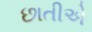
છાતીએ